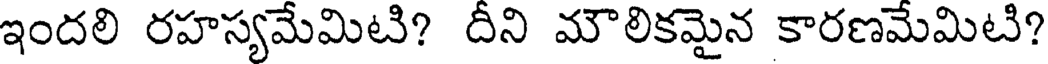
ఇందలి రహస్యమేమిటి? దీని మౌలికమైన కారణమేమిటి?